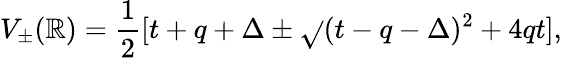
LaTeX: V_{\pm}(\mathbb{R})=\frac{{1}}{{2}}[t+q+\Delta\pm\sqrt{}{{(t-q-\Delta)^{2}+4qt}}],